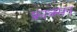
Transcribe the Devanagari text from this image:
फ्राक्सन